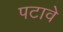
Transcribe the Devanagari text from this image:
पटावे